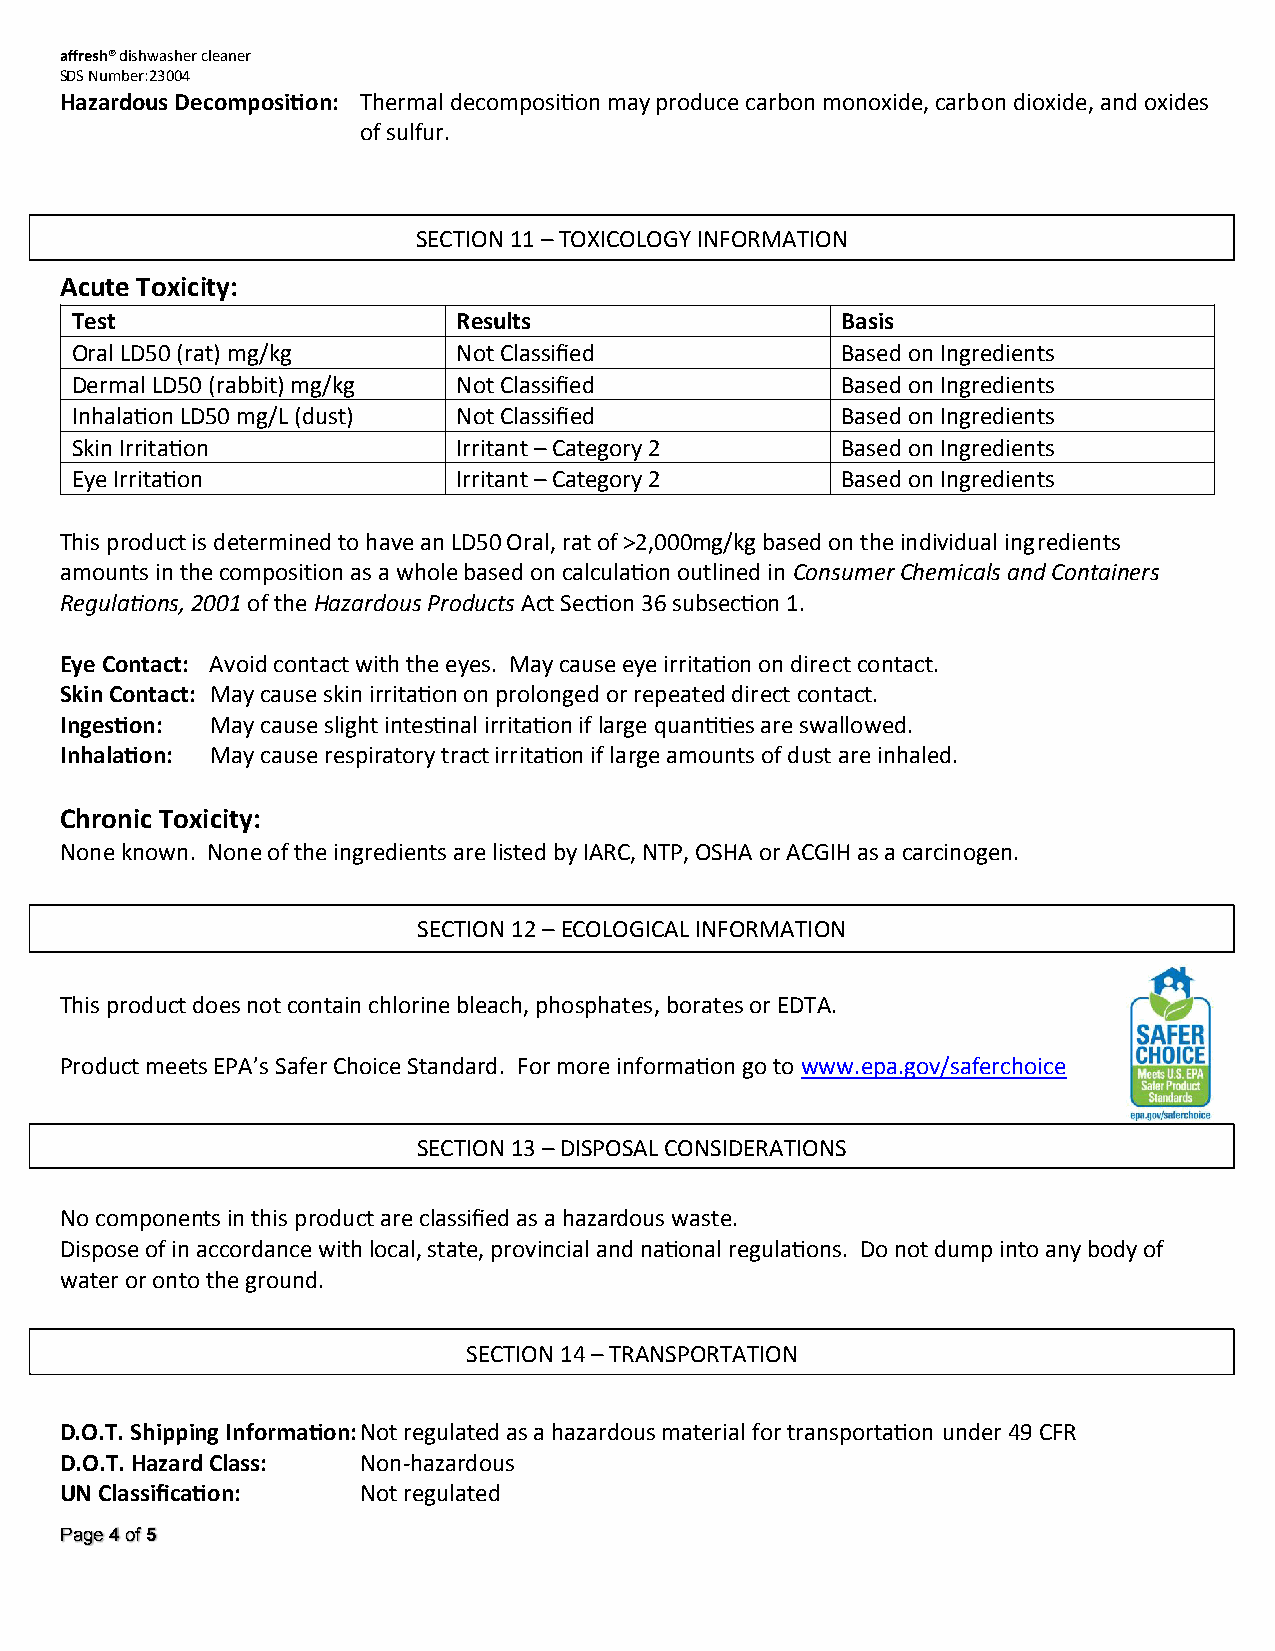
affresh™ Dishwasher cleaner
 SDS Number:23004
 Hazardous Decomposition: Thermal decomposition may produce carbon monoxide, carbon dioxide, and oxides
 of sulfur.
 SECTION 11 – TOXICOLOGY INFORMATION
 Acute Toxicity:
 Test                     Results                   Basis
 Oral LD50 (rat) mg/kg    Not Classified            Based on Ingredients
 Dermal LD50 (rabbit) mg/kg Not Classified          Based on Ingredients
 Inhalation LD50 mg/L (dust) Not Classified         Based on Ingredients
 Skin Irritation          Irritant – Category 2     Based on Ingredients
 Eye Irritation           Irritant – Category 2     Based on Ingredients
 This product is determined to have an LD50 Oral, rat of >2,000mg/kg based on the individual ingredients
 amounts in the composition as a whole based on calculation outlined in Consumer Chemicals and Containers
 Regulations, 2001 of the Hazardous Products Act Section 36 subsection 1.
 Eye Contact: Avoid contact with the eyes. May cause eye irritation on direct contact.
 Skin Contact: May cause skin irritation on prolonged or repeated direct contact.
 Ingestion: May cause slight intestinal irritation if large quantities are swallowed.
 Inhalation: May cause respiratory tract irritation if large amounts of dust are inhaled.
 Chronic Toxicity:
 None known. None of the ingredients are listed by IARC, NTP, OSHA or ACGIH as a carcinogen.
 SECTION 12 – ECOLOGICAL INFORMATION
 This product does not contain chlorine bleach, phosphates, borates or EDTA.
 Product meets EPA’s Safer Choice Standard. For more information go to www.epa.gov/saferchoice
 SECTION 13 – DISPOSAL CONSIDERATIONS
 No components in this product are classified as a hazardous waste.
 Dispose of in accordance with local, state, provincial and national regulations. Do not dump into any body of
 water or onto the ground.
 SECTION 14 – TRANSPORTATION
 D.O.T. Shipping Information: Not regulated as a hazardous material for transportation under 49 CFR
 D.O.T. Hazard Class: Non-hazardous
 UN Classification:  Not regulated
 Page 4 of 5